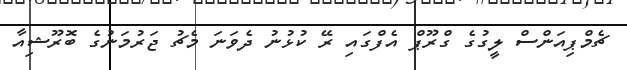
ޗެމްޕިއަންސް ލީގުގެ ގްރޫޕް އެފްގައި ރޭ ކުޅުނު ދެވަނަ މެޗު ޖަރުމަނުގެ ބޮރޫޝިއާ